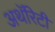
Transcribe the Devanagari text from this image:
अथॅरिटी